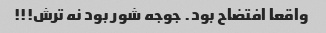
واقعا افتضاح بود. جوجه شور بود نه ترش!!!